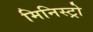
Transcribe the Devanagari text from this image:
मिनिस्ट्रो